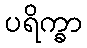
ပရိက္ခာ